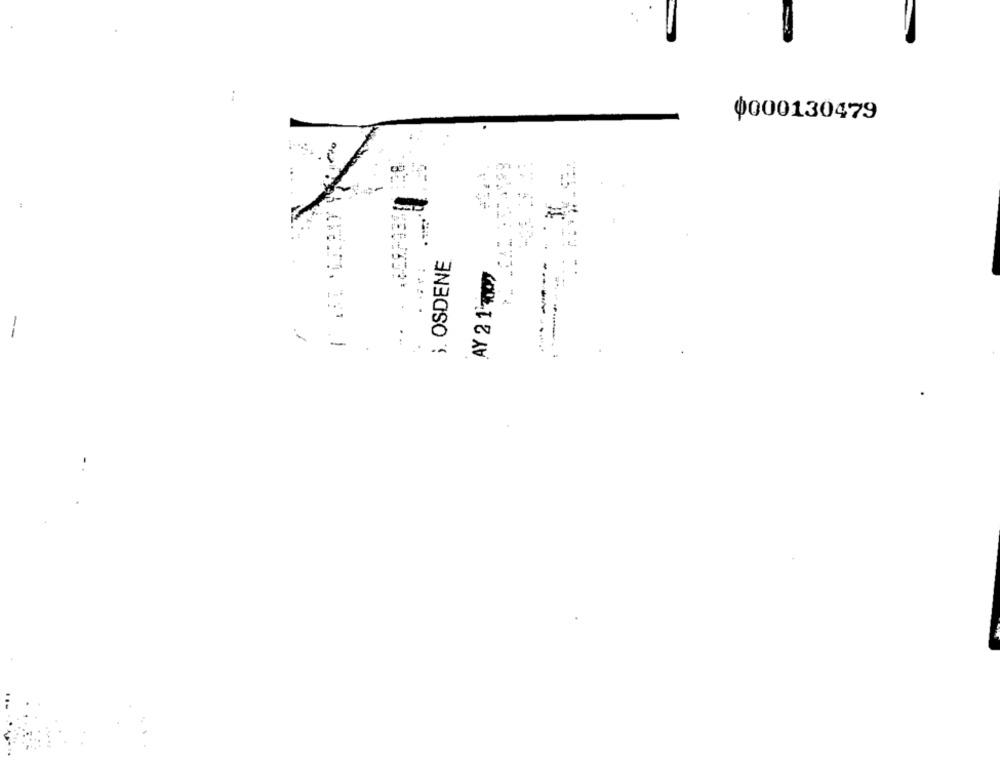
Ф000130479
:
i. OSDENE
AY 2 1 7007
--
-